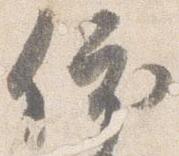
依